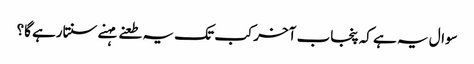
سوال یہ ہے کہ پنجاب آخرکب تک یہ طعنے مہنے سنتارہے گا؟